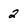
Character: 2